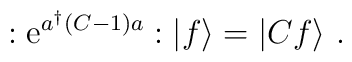
:{\rm e}^{a^\dagger (C-1)a}:|f\rangle =|Cf\rangle \ .